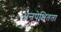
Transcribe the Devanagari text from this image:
अनपेक्षितता